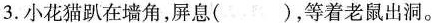
3.小花猫趴在墙角，屏息( )，等着老鼠出洞。